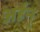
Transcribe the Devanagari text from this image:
अर्हन्